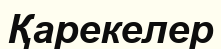
Қарекелер